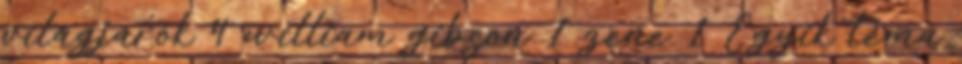
világjárók 4 william gibson 1 zene 1 Egyik téma